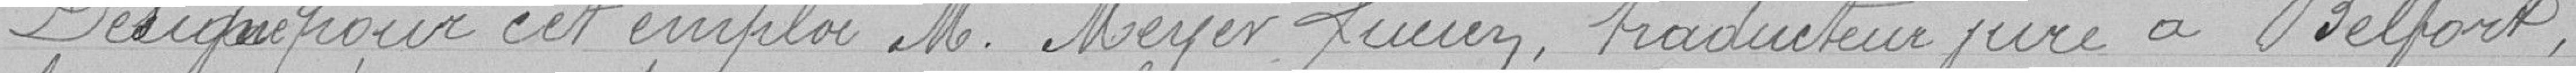
Désigne pour cet emploi M. Meyer Lucien, traducteur juré à Belfort,